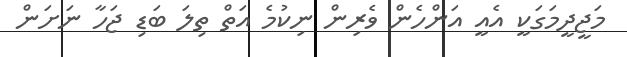
މަޖީދީމަގަކީ އެއީ އަންހެން ވެރިން ނިކުމެ އަތް ތިލަ ބަޑި ޖަހާ ނަށަން